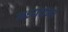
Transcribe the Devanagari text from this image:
मध्यचमा